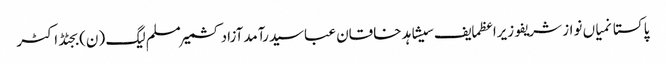
پاکستانمیاں نواز شریفوزیراعظمایف سیشاہد خاقان عباسیدرآمدآزاد کشمیرمسلم لیگ (ن)بجٹڈاکٹر